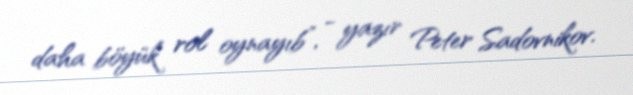
daha böyük rol oynayıb”, - yazır Peter Sadovnikov.